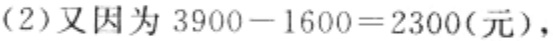
（2）又因为 \(3900 - 1600 = 2300(\text{元})\)，